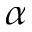
\displaystyle \alpha